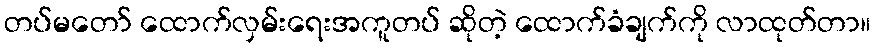
တပ်မတော် ထောက်လှမ်းရေးအကူတပ် ဆိုတဲ့ ထောက်ခံချက်ကို လာထုတ်တာ။